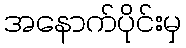
အနောက်ပိုင်းမှ